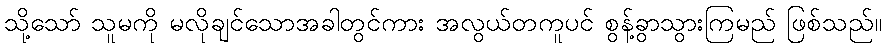
သို့သော် သူမကို မလိုချင်သောအခါတွင်ကား အလွယ်တကူပင် စွန့်ခွာသွားကြမည် ဖြစ်သည်။